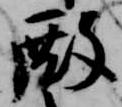
殿